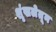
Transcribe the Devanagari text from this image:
शृंखलेतून